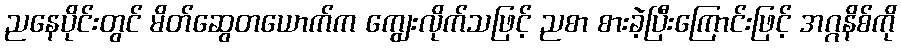
ညနေပိုင်းတွင် မိတ်ဆွေတယောက်က ကျွေးလိုက်သဖြင့် ညစာ စားခဲ့ပြီးကြောင်းဖြင့် အဂ္ဂနိစ်ကို